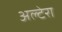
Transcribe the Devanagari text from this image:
अल्टेरा